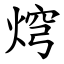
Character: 焪